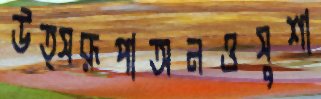
উত্সরূপাঅনওসুশা